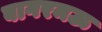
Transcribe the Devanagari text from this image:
बागरमऊ